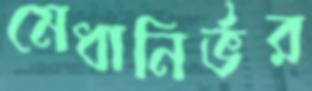
মেধানির্ভর